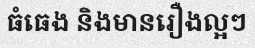
ធំធេង និងមានរឿងល្អៗ